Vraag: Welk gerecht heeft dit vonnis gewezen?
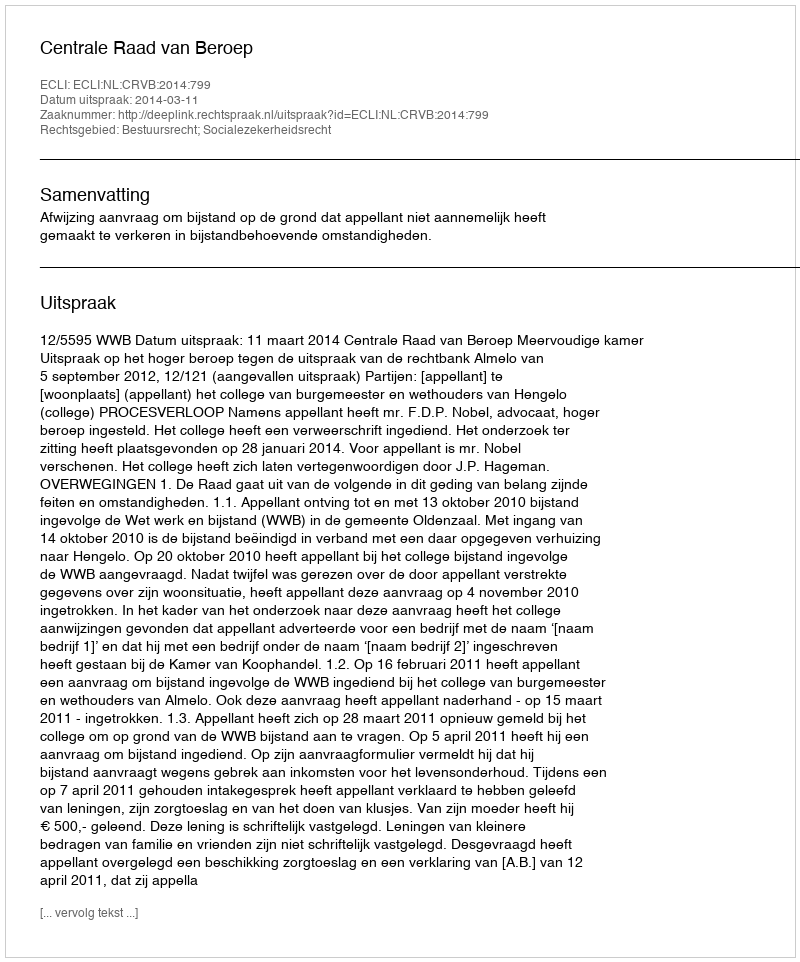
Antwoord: Centrale Raad van Beroep